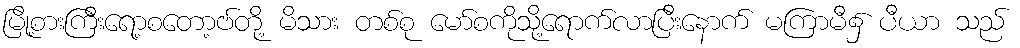
မြို့စားကြီးရော့စတော့ဗ်တို့ မိသား တစ်စု မော်စကိုသို့ရောက်လာပြီးနောက် မကြာမီ၌ ပီယာ သည်